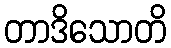
တာဒိသောတိ